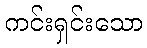
ကင်းရှင်းသော